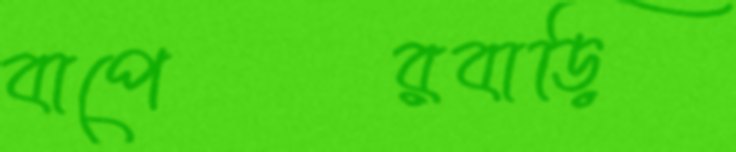
বাপেরবাড়ি